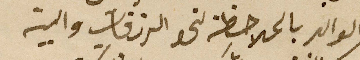
الوالد بالملاحظة لنحو الرزقات والبيت